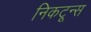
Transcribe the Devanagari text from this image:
निकटून्स